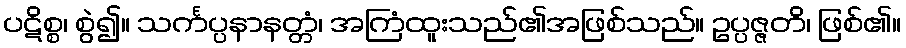
ပဋိစ္စ၊ စွဲ၍။ သင်္ကပ္ပနာနတ္တံ၊ အကြံထူးသည်၏အဖြစ်သည်။ ဥပ္ပဇ္ဇတိ၊ ဖြစ်၏။